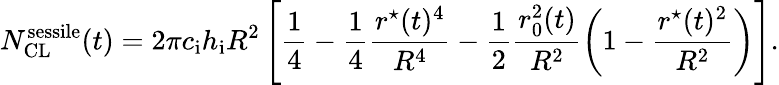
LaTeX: N_{\mathrm{CL}}^{\mathrm{sessile}}(t)=2\pi c_{\mathrm{i}}h_{\mathrm{i}}R^{2}\left[\frac{1}{4}-\frac{1}{4}\frac{r^{\star}(t)^{4}}{R^{4}}-\frac{1}{2}\frac{r_{0}^{2}(t)}{R^{2}}\left(1-\frac{r^{\star}(t)^{2}}{R^{2}}\right)\right].